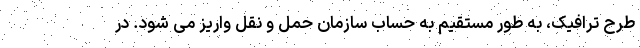
طرح ترافیک، به طور مستقیم به حساب سازمان حمل و نقل واریز می شود. در